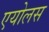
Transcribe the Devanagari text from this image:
एयोलस